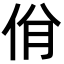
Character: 佾